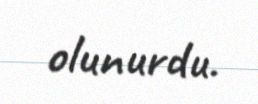
olunurdu.